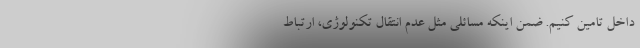
داخل تامین کنیم. ضمن اینکه مسائلی مثل عدم انتقال تکنولوژی، ارتباط